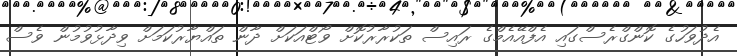
އެދުވަހުގެ ކޮންގްރެސްގައި އެފްއޭއެމްގެ ރައިސް ތަކުރާރުކޮށް ވޯޓްއަކަށް ދާން ތައްޔާރުކަމަށް ވިދާޅުވުމުން ވެސް